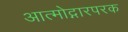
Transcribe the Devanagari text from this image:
आत्मोद्गारपरक